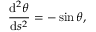
\frac { \mathrm { d } ^ { 2 } \theta } { \mathrm { d } s ^ { 2 } } = - \sin \theta ,